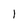
Character: 1